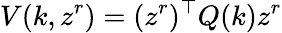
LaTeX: V(k,z^{r})=(z^{r})^{\top}Q(k)z^{r}